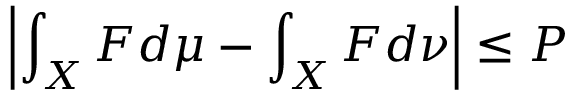
\left| \int _ { X } F d \mu - \int _ { X } F d \nu \right| \leq P